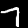
Label: 7